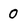
Character: 0